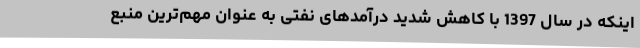
اینکه در سال 1397 با کاهش شدید درآمدهای نفتی به عنوان مهم‌ترین منبع